Civil Veterinary Department Bihar & Orissa reports 1929-36 - 1929-1936
Year: 1929
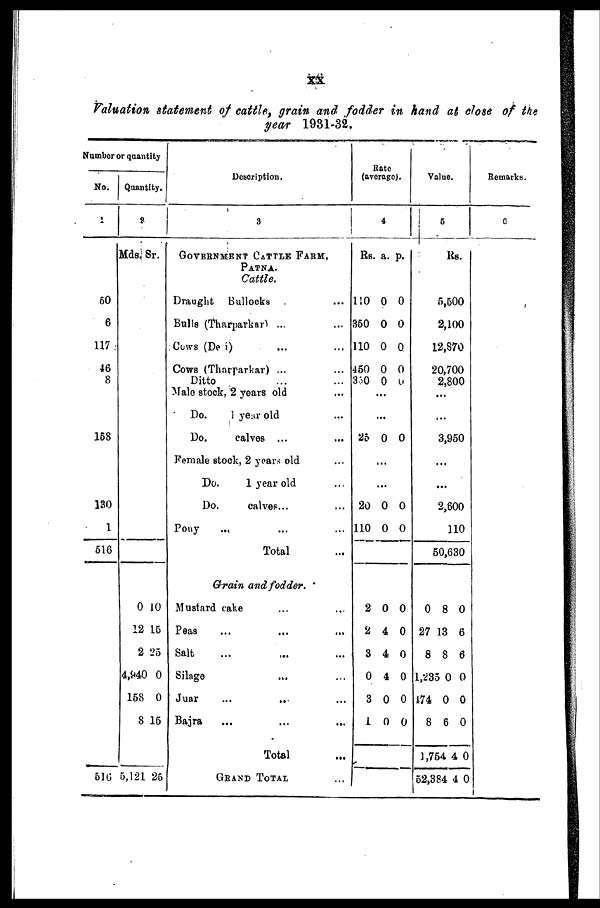
xx
Valuation statement of cattle, grain and fodder in hand at close of the
year 1931-32.
Number or quantity
No.
1
60
6
117
46
8
168
130
1
516
516
Quantity.
2
Mds. Sr.
0 10
12 15
2 25
4,940 0
158 0
8 15
5,121 25
Description.
3
GOVERNMENT CaTTLE FaRM,
PATNA.
Cattle.
Draught Bullocks ...
Bulls (Tharparkar ... ...
Cows (Dei) ... ...
Cows (Tharparkar) ... ...
Ditto
Male stock, 2 years old ...
Do.
1 year old ...
Do.
calves ... ...
Female stock, 2 years old ...
Do.
1 year old ...
Do. calves ... ...
Pony ... ... ...
Total ...
Grain and fodder.
Mustard cake ... ...
Peas ... ... ...
Salt ... ... ...
Silage ... ...
Juar
...
...
...
Bajra ... ... ...
Total ...
GRAND TOTAL ...
Rate
(average).
4
Rs.
110
350
110
450
330
a.
0
0
0
0
0
p.
0
0
0
0
0
...
...
25 0 0
...
...
20
110
0
0
0
0
2
2
3
0
3
1
0
4
4
4
0
0
0
0
0
0
0
0
Value.
5
Rs.
5,500
2,100
12,870
20,700
2,800
...
...
3,950
...
...
2,600
110
50,630
0 8 0
27 13 6
8 8 6
1,235 0 0
174 0 0
8 6 0
1,764 4 0
52,384 4 0
Remarks.
6